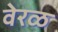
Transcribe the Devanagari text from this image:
वेरळ